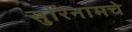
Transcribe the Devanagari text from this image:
सुरिनामचे